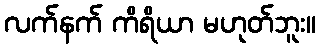
လက်နက် ကိရိယာ မဟုတ်ဘူး။